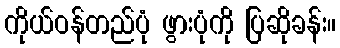
ကိုယ်ဝန်တည်ပုံ ဖွားပုံကို ပြဆိုခန်း။